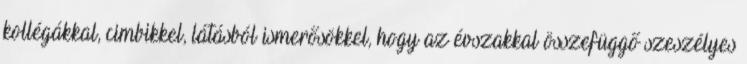
kollégákkal, cimbikkel, látásból ismerősökkel, hogy az évszakkal összefüggő szeszélyes